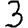
Digit: 3